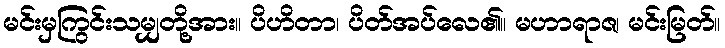
မင်းမှကြွင်းသမျှတို့အား။ ပိဟိတာ၊ ပိတ်အပ်လေ၏။ မဟာရာဇ၊ မင်းမြတ်။